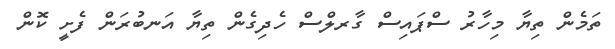
ތަމެން ތިޔާ މިހާރު ސްޕައިސް ގާރލްސް ހެދިގެން ތިޔާ އަނބުރަން ފެށީ ކޮން